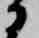
に